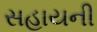
સહાયની